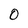
Character: 0